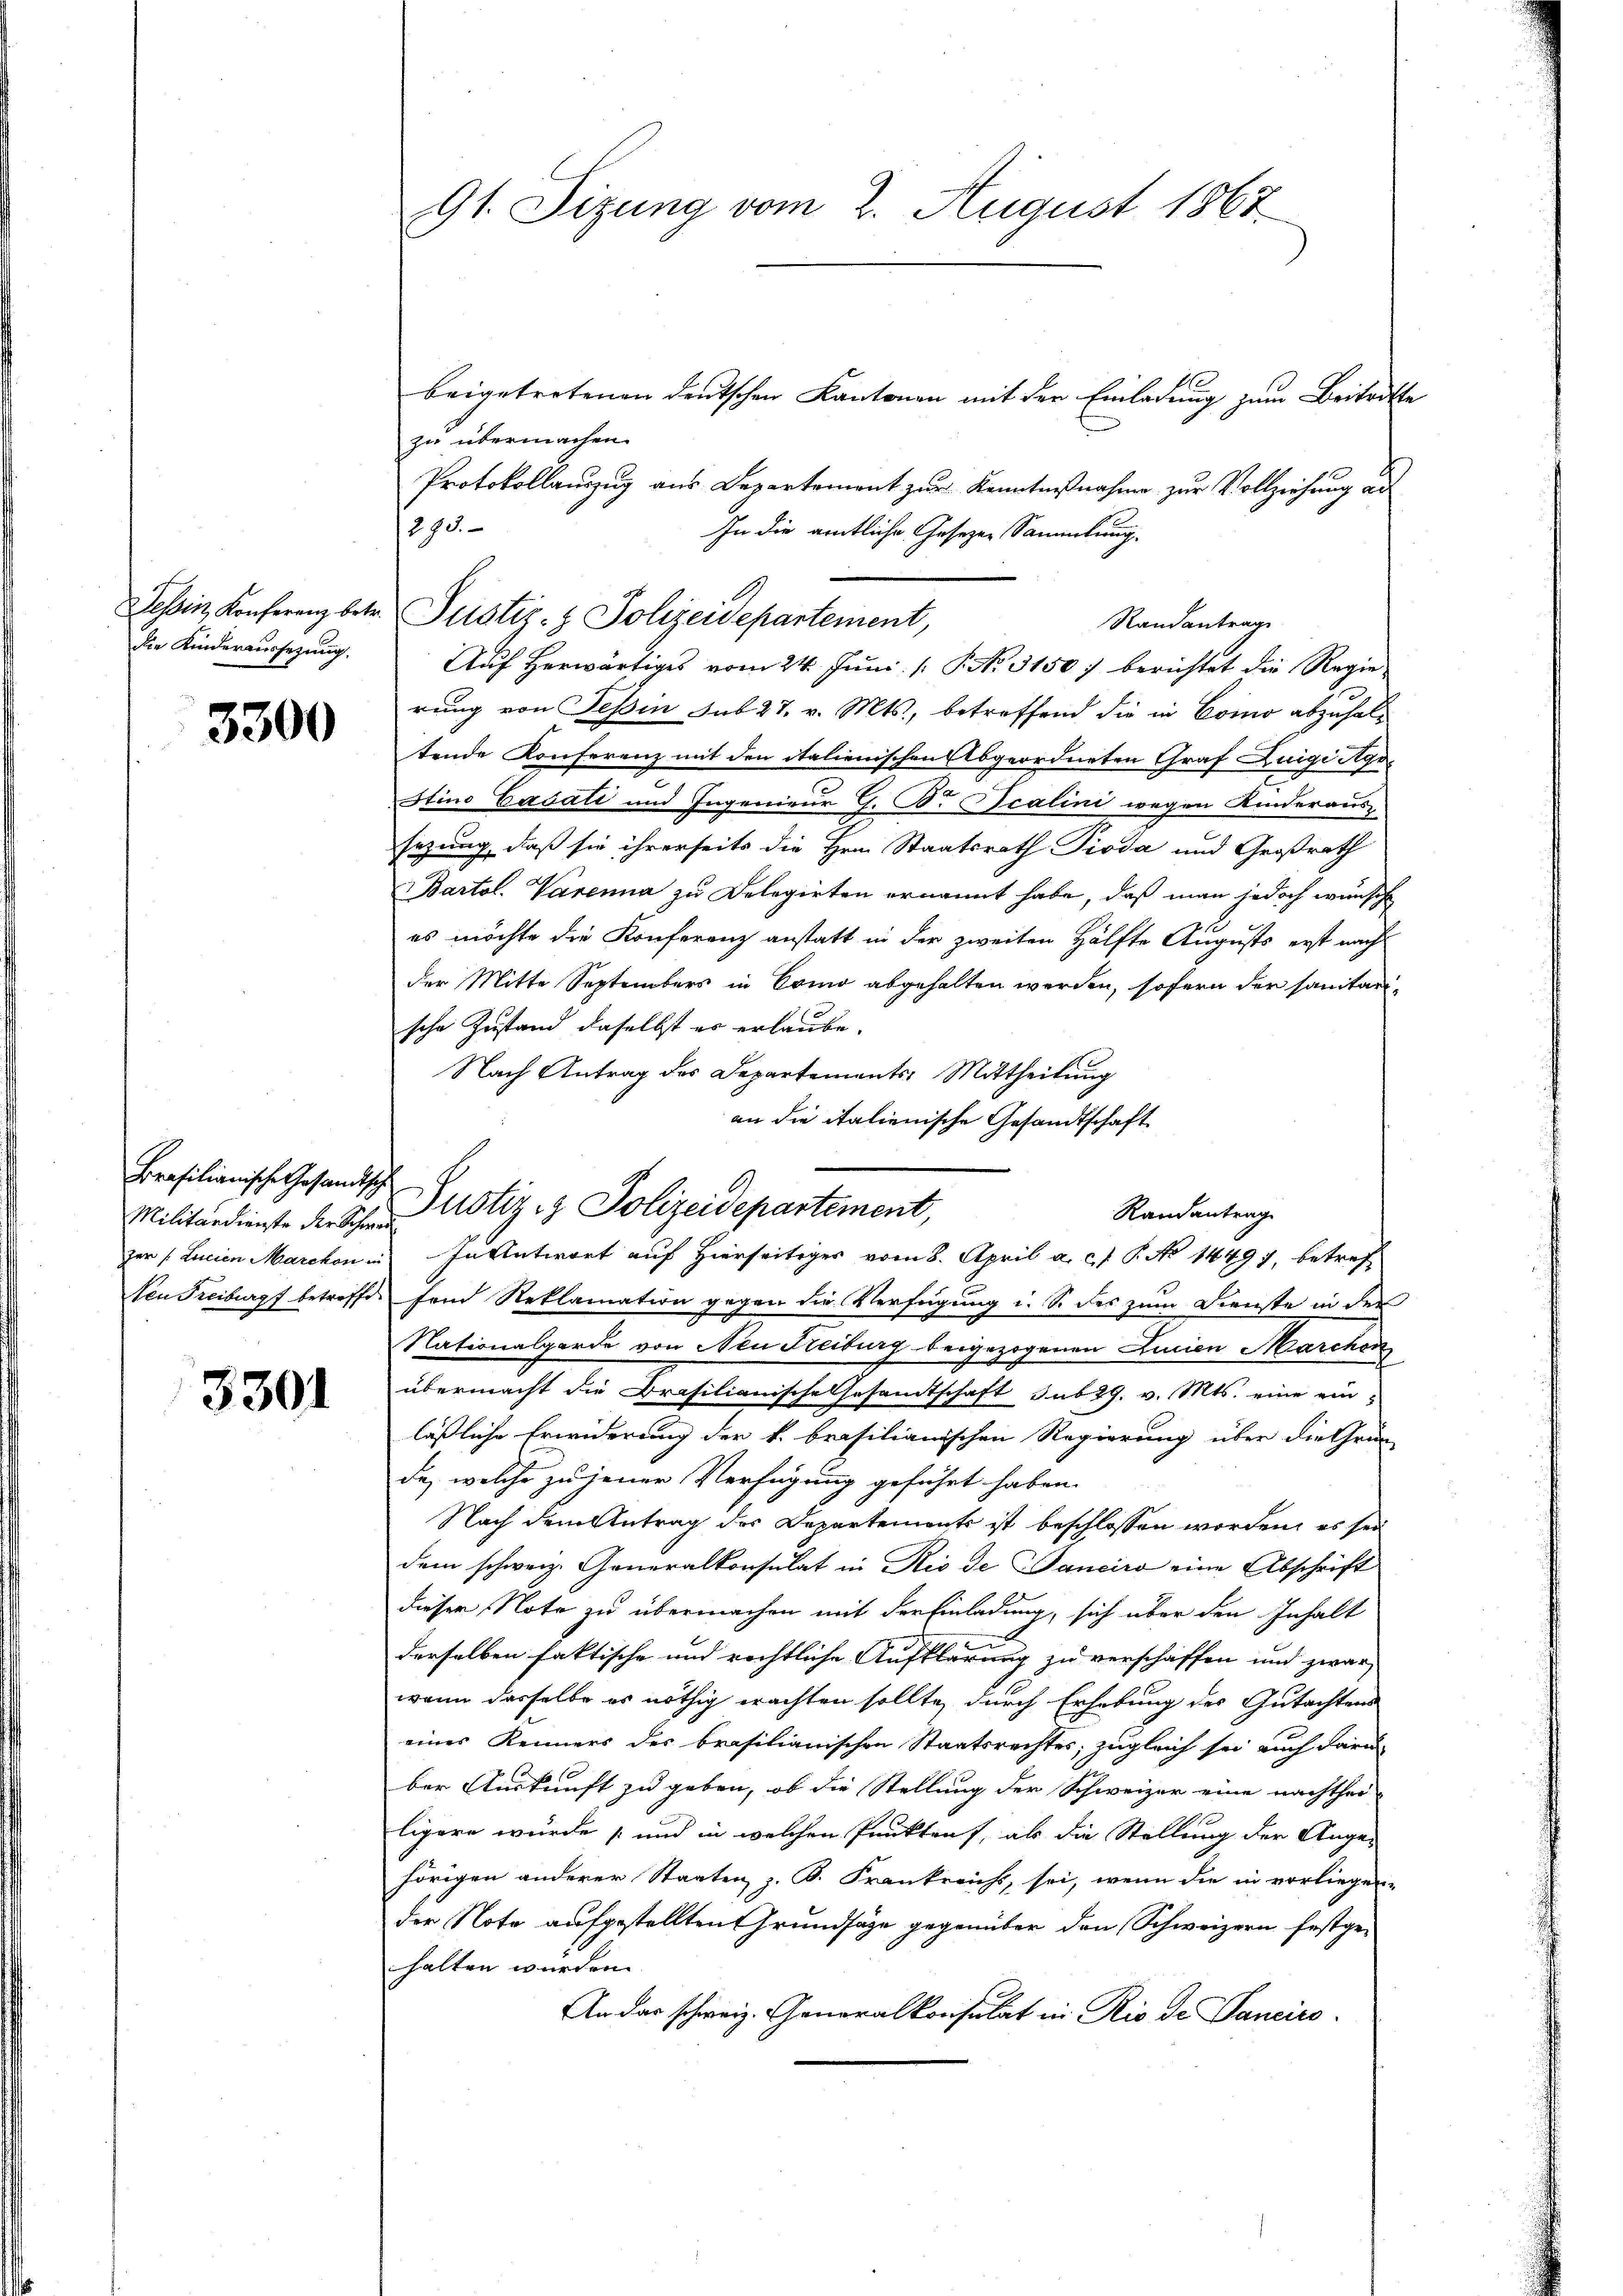
Tessin, Konferenz betr.
die Kinderaussezung.

3300

Brasilianische Gesandtsch
Militärdienste der Schweizer /: Lucien Marchon in
Ven Freiburg betreffe.

3301

91. Sizung vom 2. August 1867

beigetretenen deutschen Kantonen mit der Einladung zum Beitritte
zu übermachen.
Protokollauszug aus Departement zur Kenntnißnahme zur Vollziehung ad
293.
In die amtliche Gesetzen Sammlung.
rung von Tessin sub 27. v. Mts., betreffend die in Como abzuhaltende Konferenz mit den italienischen Abgeordneten Graf Luigi Ago¬
Stino Eašati und Ingenieur G. B. Scalini wegen Kinderaus-
sezung, daß sie ihrerseits die Hrn. Staatsrath Pioda und Großrath
Bartol. Varenna zu Delegirten ernannt habe, daß man jedoch wünsch
es möchte die Konferenz anstatt in der zweiten Hälfte Augusts erst nach
der Mitte Septembers in Como abgehalten werden, sofern der sanitarische Zustand daselbst es erlaube.
Nach Antrag des Departements-Mittheilung
an die italienische Gesandtschaft
In Antwort auf Hierseitiges vom 8. April a. c. P. No 14497, betref-
fend Reklamation gegen die Verfügung i. S. des zum Dienste in der
Nationalgarde von Neu Treiburg beigezogenen Lucien Marchen
übermacht die Brasilianische Gesandtschaft sub 29. v. Mts. eine einläßliche Erwiderung der k. brasilianischen Regierung über die Grün-
da, welche zu jener Verfügung geführt haben.
Nach dem Antrag des Departements ist beschlossen worden, es sei
dem schweiz. Generalkonsulat in Rio de Tanciro eine Abschrift
dieser Note zu übermachen mit der Einladung, sich über den Inhalt
2
derselben faktische und rechtliche Aufklärung zu verschaffen und zwar
wenn dasselbe es nöthig erachten sollte, durch Erhebung des Gutachtens
eines Kenners des brasilianischen Staatsrechtes; zugleich sei auch daru
ber Auskunft zu geben, ob die Stellung der Schweizer eine nachthei-
ligere wurde und in welchen Punkten, als die Stellung der Ange-
hörigen anderer Staaten, z. B. Frankreichs, sei, wenn die in vorliegen-
der Note aufgestellten Grundsätze gegenüber den Schweizern festgehalten wurden.
An das schweiz. Generalkonsulat in Rio de Panciro-

Justiz- & Polizeidepartement,
Randantrage
Auf herwärtiges vom 24. Juni / P. Nr. 31507 berichtet die Regie¬

Justiz- & Polizeidepartement,

Randantrag